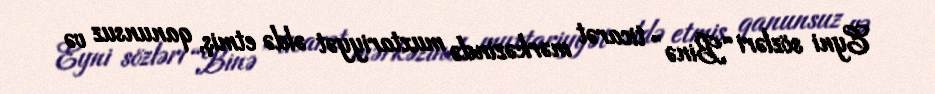
Eyni sözləri “Binə” ticarət mərkəzində muxtariyyət əldə etmiş, qanunsuz və